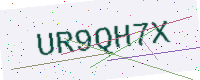
Text: UR9QH7X